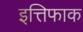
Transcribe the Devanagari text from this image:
इत्तिफाक